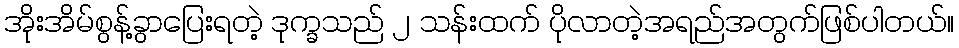
အိုးအိမ်စွန့်ခွာပြေးရတဲ့ ဒုက္ခသည် ၂ သန်းထက် ပိုလာတဲ့အရည်အတွက်ဖြစ်ပါတယ်။